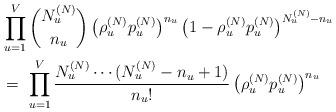
LaTeX: \begin{align*}&\prod_{u = 1}^V {N_u^{(N)} \choose n_u } \left(\rho_u^{(N)} p_u^{(N)} \right)^{n_u } \left(1-\rho_u^{(N)} p_u^{(N)} \right)^{N_u^{(N)} - n_u} \\&=\ \prod_{u = 1}^V \frac{N_u^{(N)} \cdots (N_u^{(N)} - n_u + 1)}{n_u!} \left(\rho_u^{(N)} p_u^{(N)} \right)^{n_u }\end{align*}